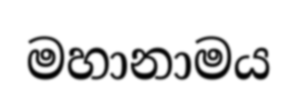
මහානාමය